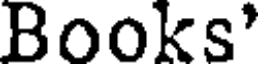
Books'